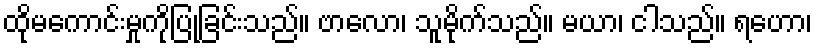
ထိုမကောင်းမှုကိုပြုခြင်းသည်။ ဗာလော၊ သူမိုက်သည်။ မယာ၊ ငါသည်။ ရဟော၊